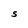
Character: S